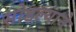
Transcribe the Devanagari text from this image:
सोडल्याने